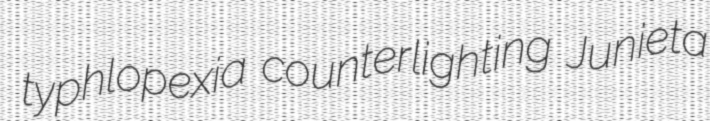
typhlopexia counterlighting Junieta